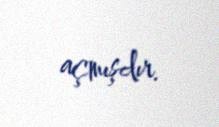
açmışdır.